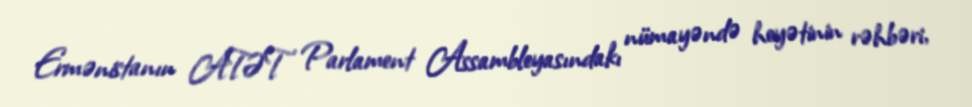
Ermənistanın ATƏT Parlament Assambleyasındakı nümayəndə heyətinin rəhbəri,